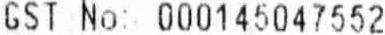
GST NO: 000145047552